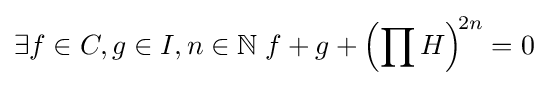
\exists f\in C,g\in I,n\in \mathbb {N} \;f+g+\left(\prod H\right)^{\!2n}=0